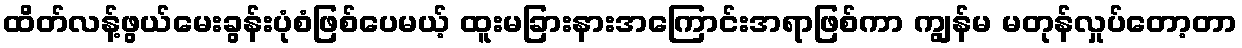
ထိတ်လန့်ဖွယ်မေးခွန်းပုံစံဖြစ်ပေမယ့် ထူးမခြားနားအကြောင်းအရာဖြစ်ကာ ကျွန်မ မတုန်လှုပ်တော့တာ